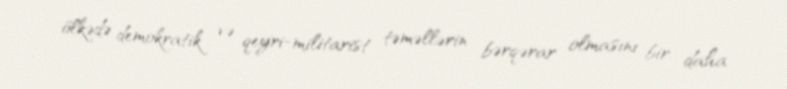
ölkədə demokratik və qeyri-militarist təməllərin bərqərar olmasını bir daha